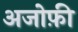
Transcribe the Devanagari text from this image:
अजोफ़ी